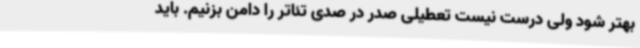
بهتر شود ولی درست نیست تعطیلی صدر در صدی تئاتر را دامن بزنیم. باید